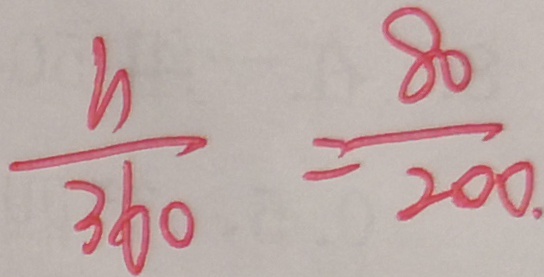
\frac { n } { 3 6 0 } = \frac { 8 0 } { 2 0 0 } .